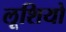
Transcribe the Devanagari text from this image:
लूशियो